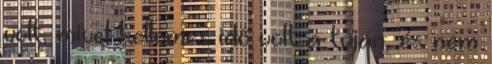
volt, mivel kellemes idő volt a tuján, és nem